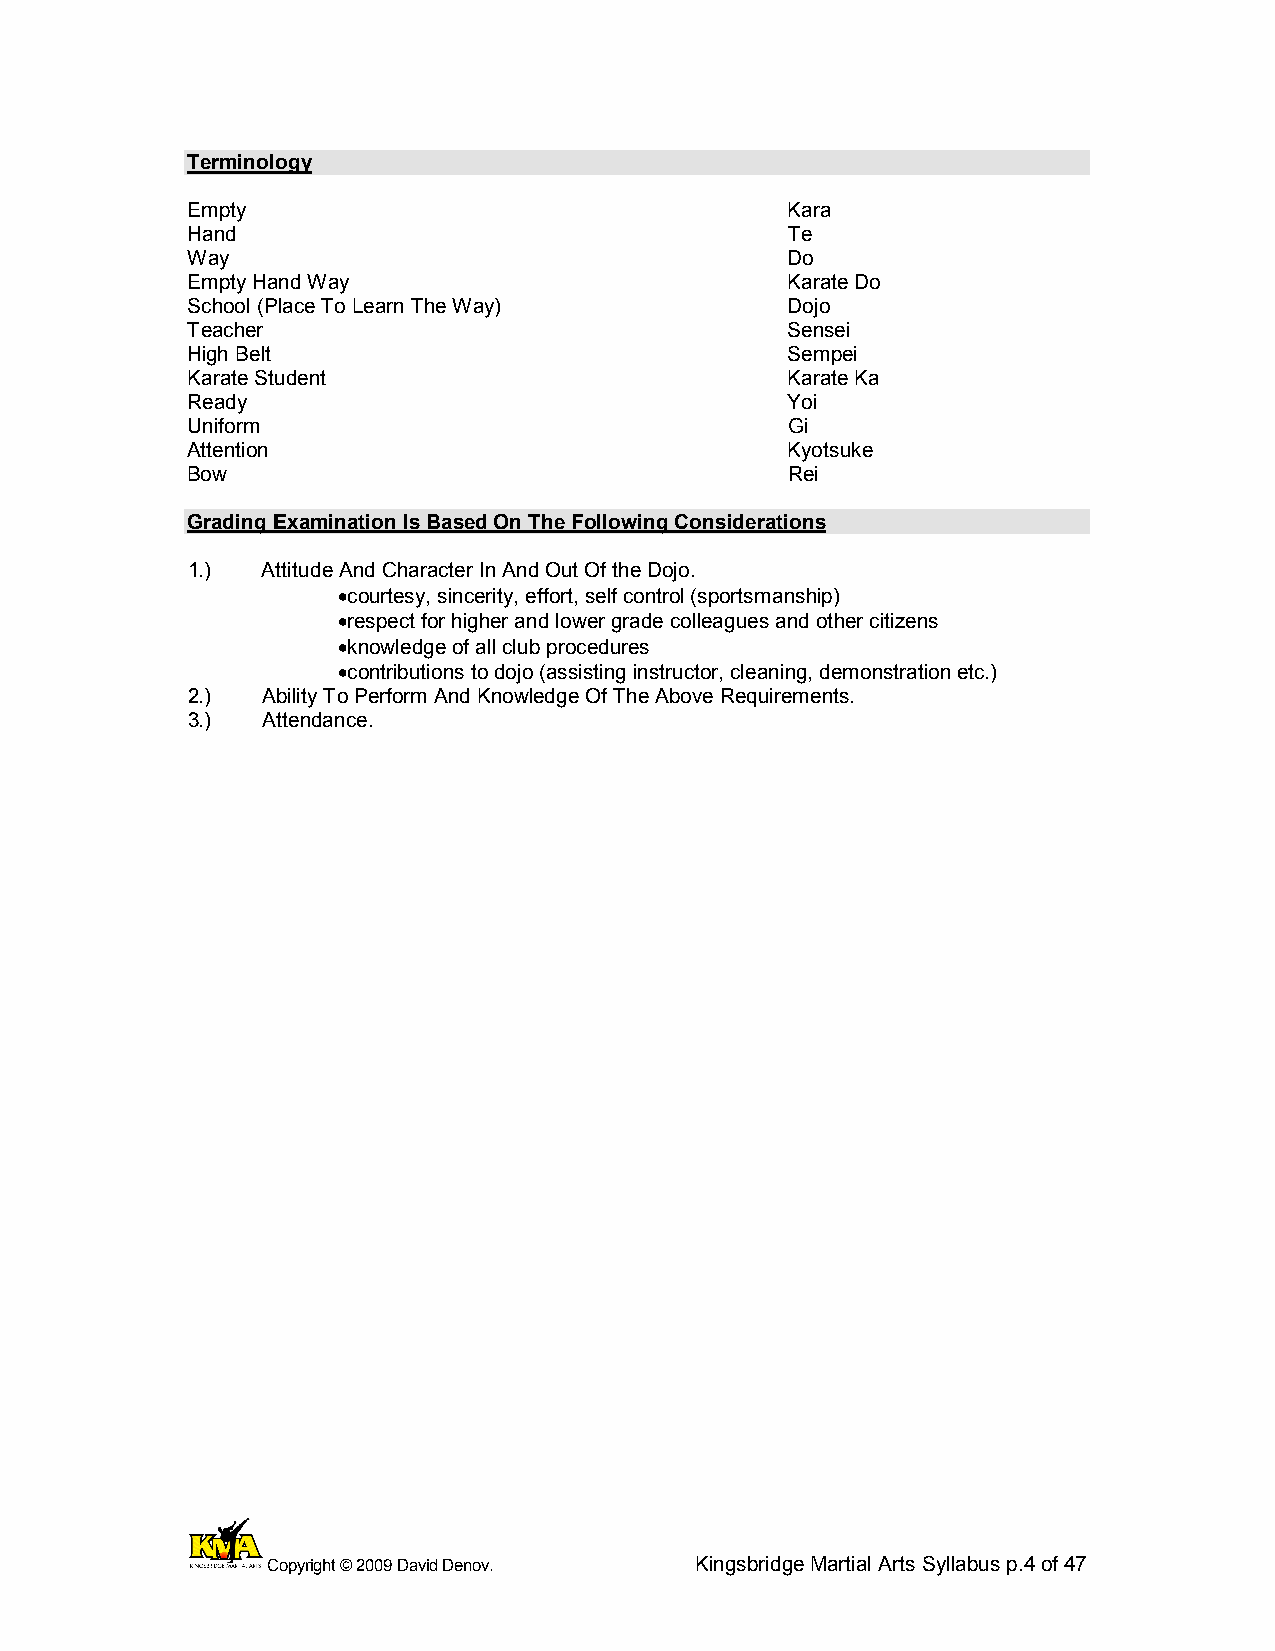
Terminology
 Empty                                   Kara
 Hand                                    Te
 Way                                     Do
 Empty Hand Way                          Karate Do
 School (Place To Learn The Way)         Dojo
 Teacher                                 Sensei
 High Belt                               Sempei
 Karate Student                          Karate Ka
 Ready                                   Yoi
 Uniform                                 Gi
 Attention                               Kyotsuke
 Bow                                     Rei
 Grading Examination Is Based On The Following Considerations
 1.)  Attitude And Character In And Out Of the Dojo.
 •courtesy, sincerity, effort, self control (sportsmanship)
 •respect for higher and lower grade colleagues and other citizens
 •knowledge of all club procedures
 •contributions to dojo (assisting instructor, cleaning, demonstration etc.)
 2.)  Ability To Perform And Knowledge Of The Above Requirements.
 3.)  Attendance.
 Copyright © 2009 David Denov. Kingsbridge Martial Arts Syllabus p.4 of 47